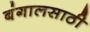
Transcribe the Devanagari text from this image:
बंगालसाठी